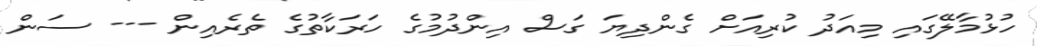
ހުޅުމާލޭގައި މިއަދު ކުރިއަށް ގެންދިޔަ ގަސް އިންދުމުގެ ހަރަކާތުގެ ތެރެއިން --- ސަން